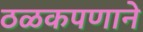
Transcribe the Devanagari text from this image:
ठळकपणाने